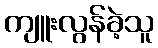
ကျူးလွန်ခဲ့သူ